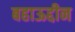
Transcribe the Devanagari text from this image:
बहाऊद्दीन